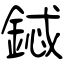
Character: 鋱